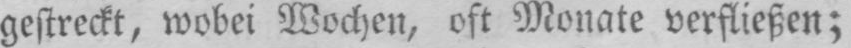
gestreckt, wobei Wochen, oft Monate verfließen;